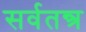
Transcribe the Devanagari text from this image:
सर्वतन्त्र